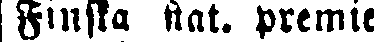
Finska stat. premie